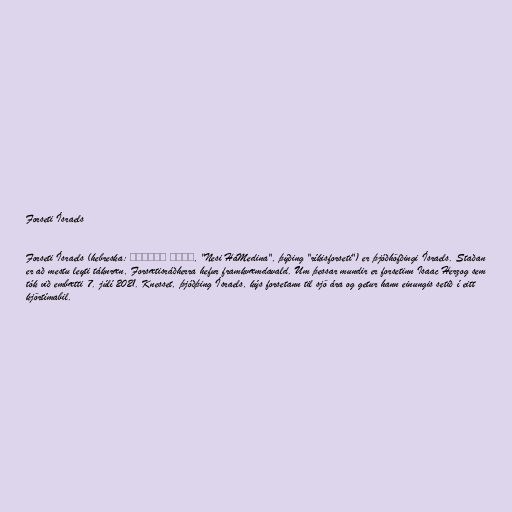
Forseti Ísraels

Forseti Ísraels (hebreska: נשיא המדינה, "Nesi HaMedina", þýðing "ríkisforseti") er þjóðhöfðingi Ísraels. Staðan
er að mestu leyti táknræn, Forsætisráðherra hefur framkvæmdavald. Um þessar mundir er forsetinn Isaac Herzog sem
tók við embætti 7. júlí 2021. Knesset, þjóðþing Ísraels, kýs forsetann til sjö ára og getur hann einungis setið í eitt
kjörtímabil.